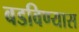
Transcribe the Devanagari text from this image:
बडविण्यास